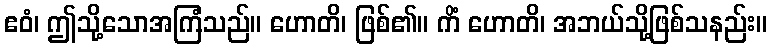
ဧဝံ၊ ဤသို့သောအကြံသည်။ ဟောတိ၊ ဖြစ်၏။ ကိံ ဟောတိ၊ အဘယ်သို့ဖြစ်သနည်း။